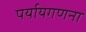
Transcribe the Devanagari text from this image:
पर्यायगणना